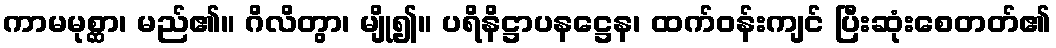
ကာမမုစ္ဆာ၊ မည်၏။ ဂိလိတွာ၊ မျို၍။ ပရိနိဋ္ဌာပနဋ္ဌေန၊ ထက်ဝန်းကျင် ပြီးဆုံးစေတတ်၏